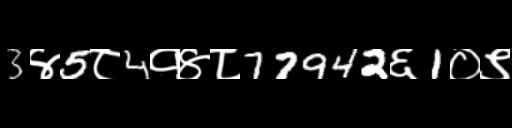
Text: 3४5८4१४८77942६1०९